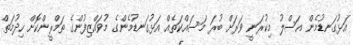
އަޅުގަނޑުމެން އަސްލު މިކުރަނީ ވަރަށް ބުރަ މަސައްކަތެއް އަޅުގަނޑުމެންގެ މުވައްޒިފުންގެ ތަމްރީންކޮށް ހިދުމަތް